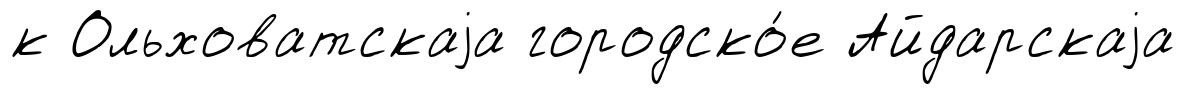
к Ольховатскаjа городско́е Айдарскаjа